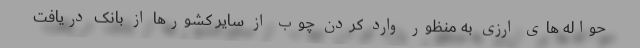
حواله های ارزی به منظور وارد کردن چوب از سایر کشورها از بانک دریافت